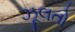
ઝૂલતો